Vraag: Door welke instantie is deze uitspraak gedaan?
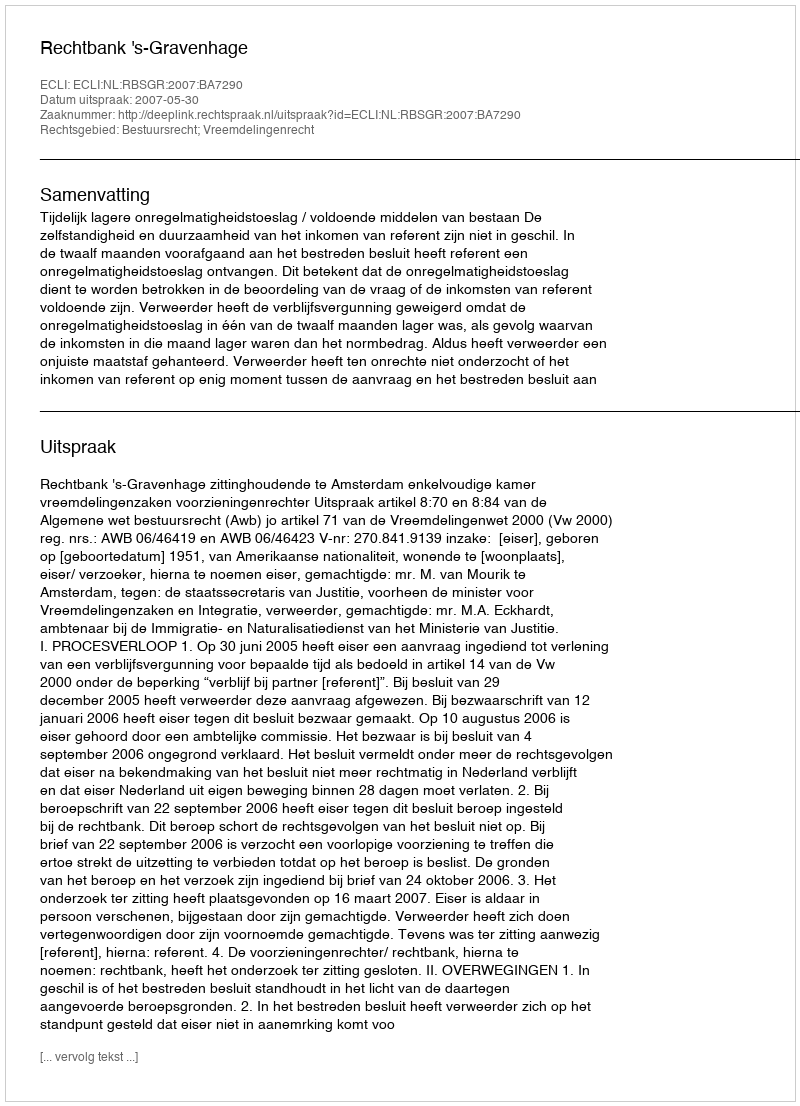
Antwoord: Rechtbank 's-Gravenhage